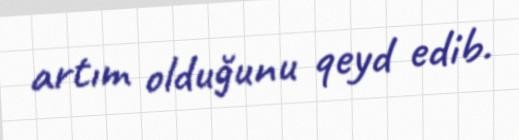
artım olduğunu qeyd edib.